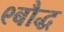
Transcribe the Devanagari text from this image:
९बौद्ध